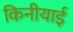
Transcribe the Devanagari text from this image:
किनीयाई